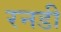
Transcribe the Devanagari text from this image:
रनडी